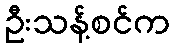
ဦးသန့်စင်က